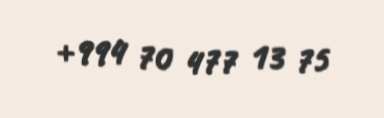
+994 70 477 13 75